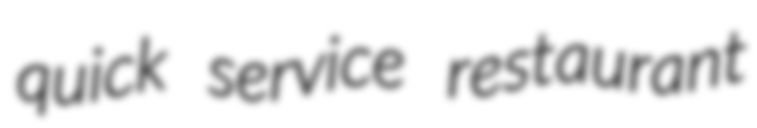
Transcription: quick service restaurant